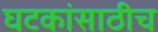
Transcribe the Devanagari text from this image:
घटकांसाठीच